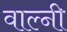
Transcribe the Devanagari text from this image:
वाल्नी